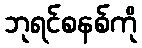
ဘုရင်စနစ်ကို